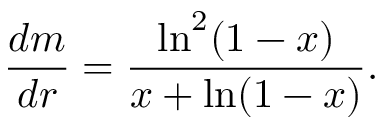
\frac { d m } { d r } = \frac { \ln ^ { 2 } ( 1 - x ) } { x + \ln ( 1 - x ) } .